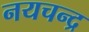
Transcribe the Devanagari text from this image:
नयचन्द्र